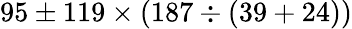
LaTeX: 95\pm 119\times(187\div(39+24))